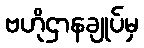
ဗဟိုဌာနချုပ်မှ